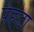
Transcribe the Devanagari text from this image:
पेहंटा